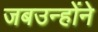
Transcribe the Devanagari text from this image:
जबउन्होंने